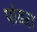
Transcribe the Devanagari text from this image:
पांढऱा